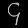
Digit: ၄